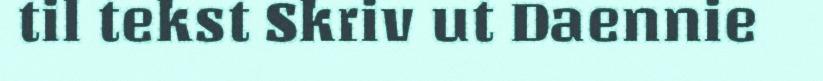
til tekst Skriv ut Daennie